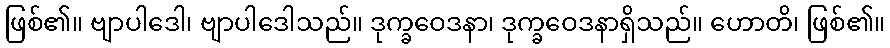
ဖြစ်၏။ ဗျာပါဒေါ၊ ဗျာပါဒေါသည်။ ဒုက္ခဝေဒနာ၊ ဒုက္ခဝေဒနာရှိသည်။ ဟောတိ၊ ဖြစ်၏။